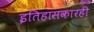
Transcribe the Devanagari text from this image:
इतिहासकारही